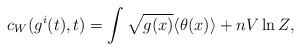
LaTeX: \begin{align*}c_W(g^i(t), t) = \int \sqrt{g(x)} \langle \theta(x)\rangle + n V \ln Z ,\end{align*}